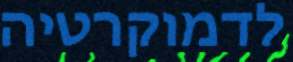
לדמוקרטיה